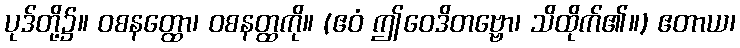
ပုဒ်တို့၌။ ဝစနတ္ထော၊ ဝစနတ္ထကို။ (ဧဝံ ဤဝေဒိတဗ္ဗော၊ သိထိုက်၏။) ဧတာယ၊